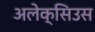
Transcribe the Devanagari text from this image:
अलेक्सिउस